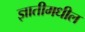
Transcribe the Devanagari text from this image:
ज्ञातीमधील